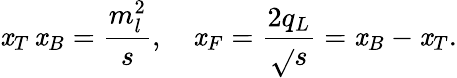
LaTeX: \mathit{x}_{T}\, \mathit{x}_{B}=\frac{{m_{l}^{2}}}{{s}},\quad\mathit{x}_{F}=\frac{{2q_{L}}}{{\sqrt{}{{s}}}}=\mathit{x}_{B}-\mathit{x}_{T}.